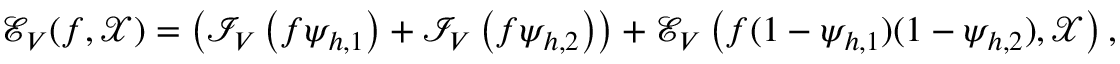
\mathcal { E } _ { V } ( f , \mathcal { X } ) = \left( \mathcal { I } _ { V } \left( f \psi _ { h , 1 } \right) + \mathcal { I } _ { V } \left( f \psi _ { h , 2 } \right) \right) + \mathcal { E } _ { V } \left( f ( 1 - \psi _ { h , 1 } ) ( 1 - \psi _ { h , 2 } ) , \mathcal { X } \right) ,